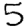
Digit: 5